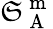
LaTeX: \mathfrak{S}_{\mathrm{{~A~}}}^{\mathrm{{~m~}}}